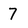
Character: 7